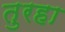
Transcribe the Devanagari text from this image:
तुरहा